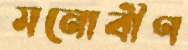
মনোবীণ